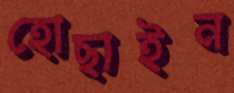
হোছাইন